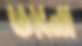
ডানো